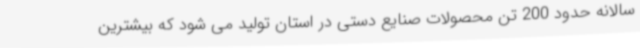
سالانه حدود 200 تن محصولات صنایع دستی در استان تولید می شود که بیشترین